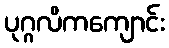
ပုဂ္ဂလိကကျောင်း